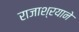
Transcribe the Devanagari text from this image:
राजाश्रयाने